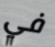
في